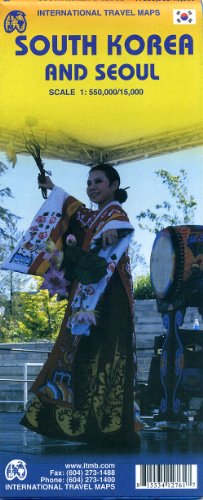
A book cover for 1. South Korea & Seoul Travel Reference Map 1:550K/15K (International Travel Maps); International Travel maps; Travel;